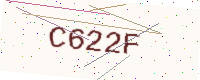
Text: C622F